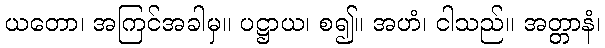
ယတော၊ အကြင်အခါမှ။ ပဋ္ဌာယ၊ စ၍။ အဟံ၊ ငါသည်။ အတ္တာနံ၊